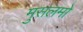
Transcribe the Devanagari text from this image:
मुसलमो